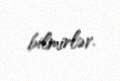
bilmirlər.